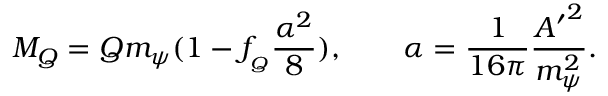
M _ { Q } = Q m _ { \psi } ( 1 - f _ { _ Q } \frac { \alpha ^ { 2 } } { 8 } ) , \qquad \alpha = \frac { 1 } { 1 6 \pi } \frac { { A ^ { \prime } } ^ { 2 } } { m _ { \psi } ^ { 2 } } .